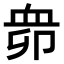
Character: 𧖱